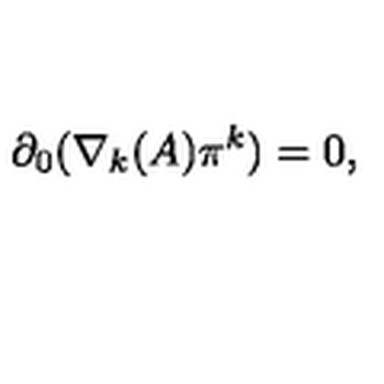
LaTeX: \partial _ { 0 } ( \nabla _ { k } ( A ) \pi ^ { k } ) = 0 ,